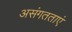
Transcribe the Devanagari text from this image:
असंगतताएं